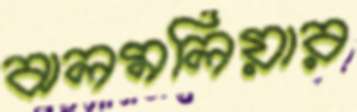
ঝলমলিয়ার